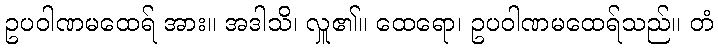
ဥပဝါဏမထေရ် အား။ အဒါသိ၊ လှူ၏။ ထေရော၊ ဥပဝါဏမထေရ်သည်။ တံ